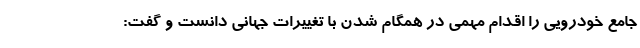
جامع خودرویی را اقدام مهمی در همگام شدن با تغییرات جهانی دانست و گفت: